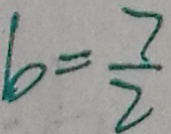
b = \frac { 7 } { 2 }